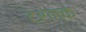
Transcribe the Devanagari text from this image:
ट्रन्क